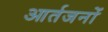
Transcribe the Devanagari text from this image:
आर्तजनों